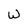
Character: W